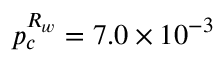
p _ { c } ^ { R _ { w } } = 7 . 0 \times 1 0 ^ { - 3 }